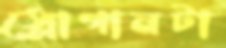
স্লোগানটা